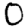
Digit: 0